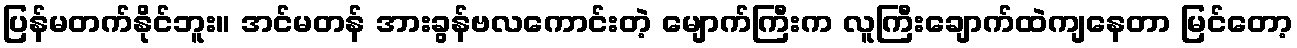
ပြန်မတက်နိုင်ဘူး။ အင်မတန် အားခွန်ဗလကောင်းတဲ့ မျောက်ကြီးက လူကြီးချောက်ထဲကျနေတာ မြင်တော့